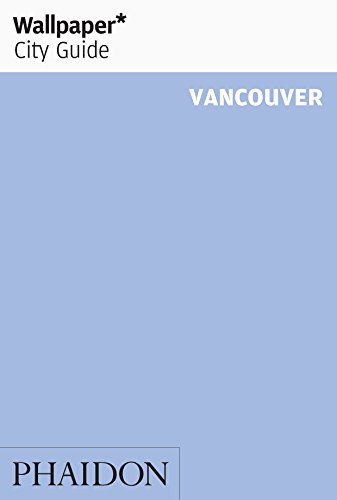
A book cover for Wallpaper* City Guide Vancouver 2014 (Wallpaper City Guides); Wallpaper*; Travel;